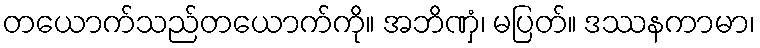
တယောက်သည်တယောက်ကို။ အဘိဏှံ၊ မပြတ်။ ဒဿနကာမာ၊